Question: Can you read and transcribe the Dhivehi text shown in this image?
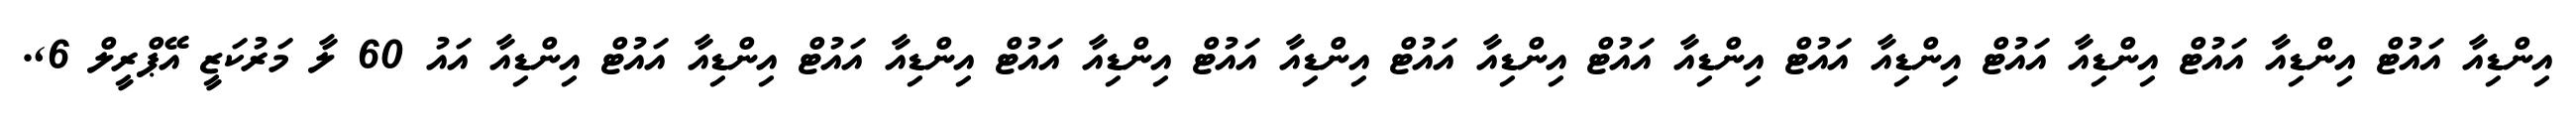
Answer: އިންޑިއާ އައުޓް އިންޑިއާ އައުޓް އިންޑިއާ އައުޓް އިންޑިއާ އައުޓް އިންޑިއާ އައުޓް އިންޑިއާ އައުޓް އިންޑިއާ އައުޓް އިންޑިއާ އައުޓް އިންޑިއާ އައުޓް އިންޑިއާ އައުޓް އިންޑިއާ އައު 60 ލާ މަރުކަޒީ އޭޕްރީލް 6,.